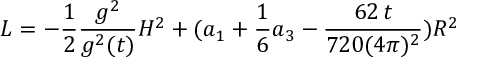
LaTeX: { \cal L } = - \frac { 1 } { 2 } \frac { g ^ { 2 } } { g ^ { 2 } ( t ) } H ^ { 2 } + ( a _ { 1 } + \frac { 1 } { 6 } a _ { 3 } - \frac { 6 2 \, t } { 7 2 0 ( 4 \pi ) ^ { 2 } } ) R ^ { 2 }